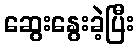
ဆွေးနွေးခဲ့ပြီး